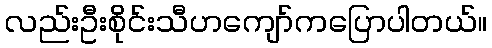
လည်းဦးစိုင်းသီဟကျော်ကပြောပါတယ်။